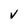
Character: v